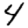
Digit: 4